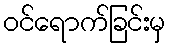
ဝင်ရောက်ခြင်းမှ